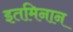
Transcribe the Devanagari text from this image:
इतमिनान